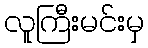
လူကြီးမင်းမှ